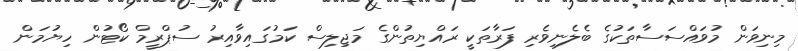
މިނިވަން މުވައްސަސާތަކުގެ ބެލެނިވެރި ފަރާތަކީ ރައްޔިތުންގެ މަޖިލިސް ކަމުގައިވާއިރު ސުޕްރީމް ކޯޓުން ހިޔުމަން